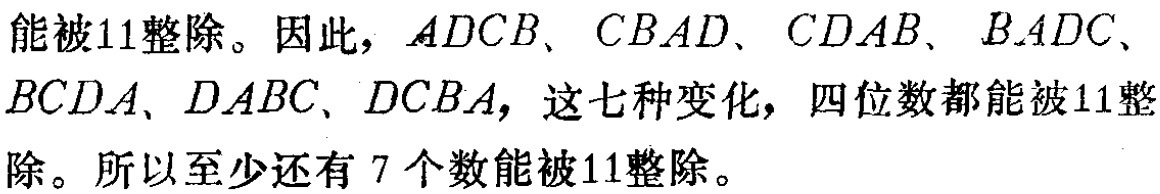
能被11整除。因此，\(ADCB\)、\(CBAD\)、\(CDAB\)、\(BADC\)、\(BCDA\)、\(DABC\)、\(DCBA\)，这七种变化，四位数都能被11整除。所以至少还有7个数能被11整除。